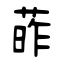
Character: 葃